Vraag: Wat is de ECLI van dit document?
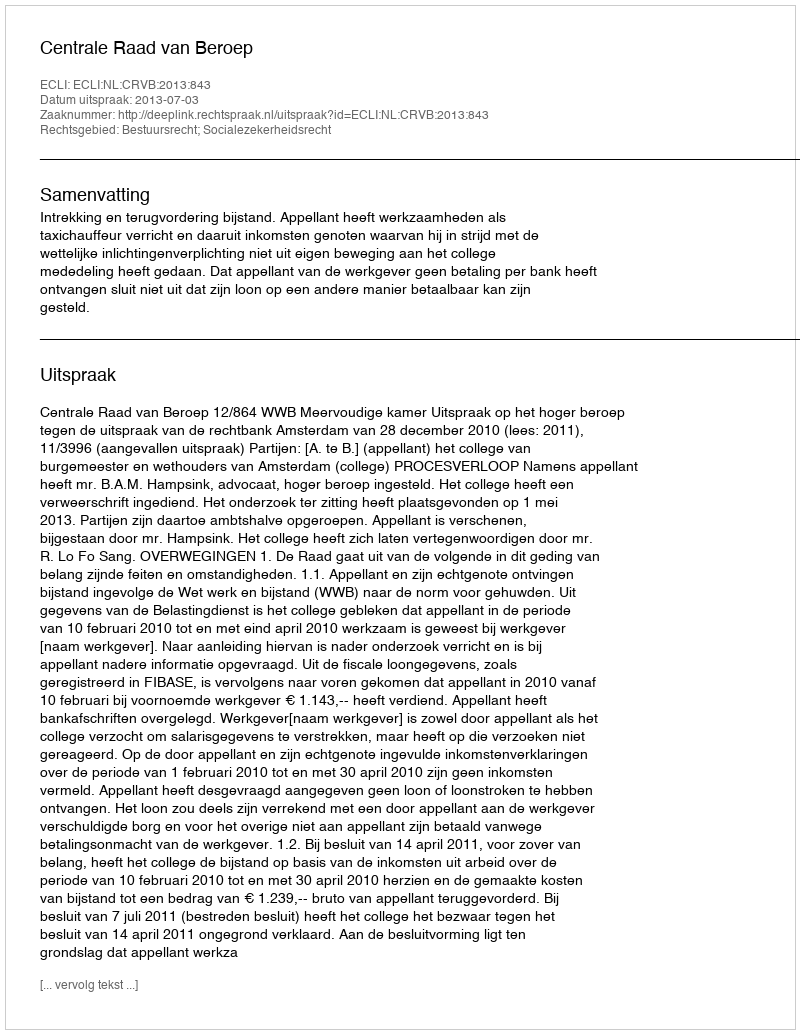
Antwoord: ECLI:NL:CRVB:2013:843